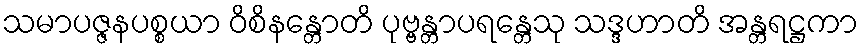
သမာပဇ္ဇနပစ္စယာ ဝိစိနန္တောတိ ပုဗ္ဗန္တာပရန္တေသု သဒ္ဒဟာတိ အန္တရဋ္ဌကာ